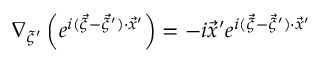
\nabla _ { \xi ^ { \prime } } \left( e ^ { i ( \vec { \xi } - \vec { \xi } ^ { \prime } ) \cdot \vec { x } ^ { \prime } } \right) = - i \vec { x } ^ { \prime } e ^ { i ( \vec { \xi } - \vec { \xi } ^ { \prime } ) \cdot \vec { x } ^ { \prime } }